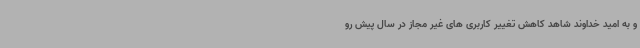
و به امید خداوند شاهد کاهش تغییر کاربری های غیر مجاز در سال پیش رو